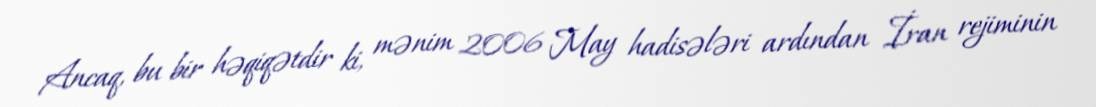
Ancaq, bu bir həqiqətdir ki, mənim 2006 May hadisələri ardından İran rejiminin